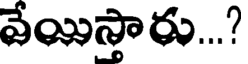
వేయిస్తారు...?